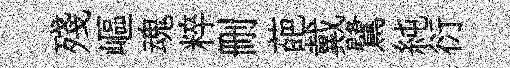
殘嶇魂粹删葩戴鷺純衍